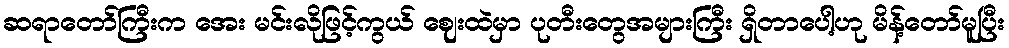
ဆရာတော်ကြီးက အေး မင်းလိုဖြင့်ကွယ် ဈေးထဲမှာ ပုတီးတွေအများကြီး ရှိတာပေါ့ဟု မိန့်တော်မူပြီး